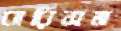
বারিসম